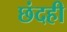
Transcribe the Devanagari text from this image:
छंदही